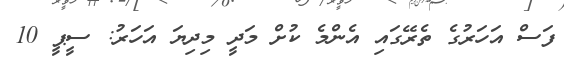
ފަސް އަހަރުގެ ތެރޭގައި އެންމެ ކުށް މަދީ މިދިޔަ އަހަރު: ސީޕީ 10